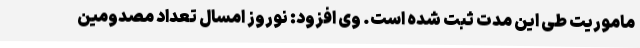
ماموریت طی این مدت ثبت شده است. وی افزود: نوروز امسال تعداد مصدومین